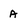
Character: A